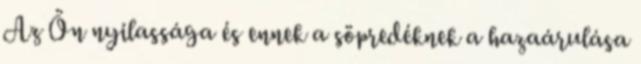
Az Ön nyilassága és ennek a söpredéknek a hazaárulása